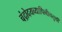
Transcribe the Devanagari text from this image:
चंद्रोदयव्यापिनीचतुर्थी